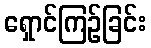
ရှောင်ကြဉ်ခြင်း